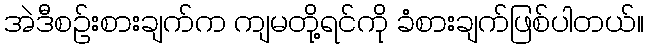
အဲဒီစဉ်းစားချက်က ကျမတို့ရင်ကို ခံစားချက်ဖြစ်ပါတယ်။